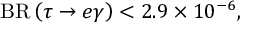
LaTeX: { \mathrm { B R } } \left( \tau \to e \gamma \right) < 2 . 9 \times 1 0 ^ { - 6 } ,